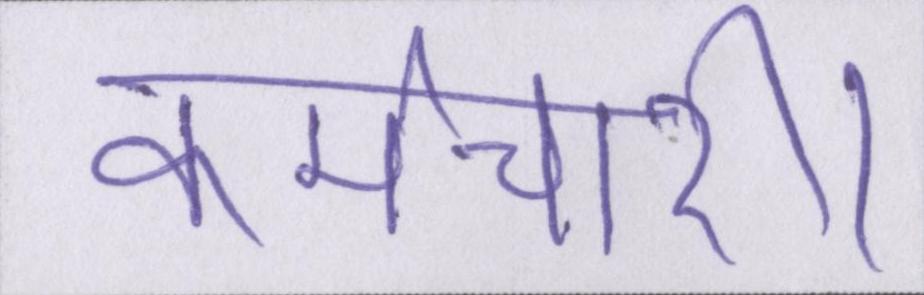
कर्मचारी